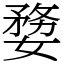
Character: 㜈